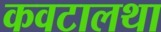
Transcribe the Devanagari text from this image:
कवटालथा